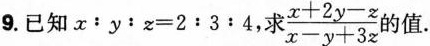
9.已知x：y：z=2:3:4，求 $$\frac{x+2y-z}{x-y+3z}$$ 的值.